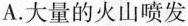
A. 大量的火山喷发